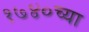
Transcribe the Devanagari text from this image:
१७४०च्या